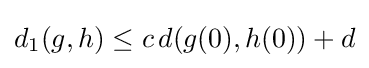
d_{1}(g,h)\leq c\,d(g(0),h(0))+d